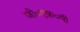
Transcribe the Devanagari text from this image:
जी०एफ़०पी